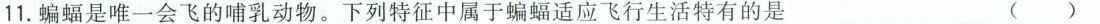
11.蝙蝠是唯一会飞的哺乳动物。下列特征中属于蝙蝠适应飞行生活特有的是 ()